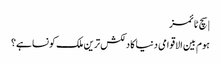
| سچ ٹائمز
ہوم بین الاقوامی دنیا کا دلکش ترین ملک کونسا ہے؟